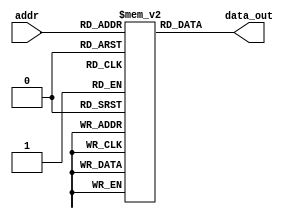
`timescale 1ns / 1ps
//////////////////////////////////////////////////////////////////////////////////
// Company: 
// Engineer: 
// 
// Design Name: 
// Module Name: InstMem
// Project Name: 
// Target Devices: 
// Tool Versions: 
// Description: 
// 
// Dependencies: 
// 
// Revision:
// Revision 0.01 - File Created
// Additional Comments:
// 
//////////////////////////////////////////////////////////////////////////////////


module InstMem(input [5:0] addr, output [31:0] data_out); 
    reg [31:0] mem [0:63];
    assign data_out = mem[addr]; 
    initial begin 
        mem[0] = 32'hFFFFFFF0;
        mem[1] = 32'hFFFFAFF1;
        mem[2] = 32'hFBFFFFF2;
        mem[3] = 32'hFFFCFFF3;
        mem[4] = 32'hFFFFFDF4;
    end
endmodule